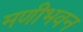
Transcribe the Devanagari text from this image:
मणीभवन